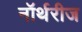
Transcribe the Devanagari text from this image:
नॉर्थरीज